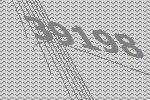
39198